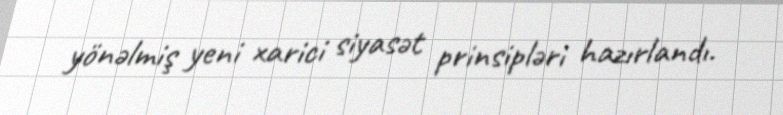
yönəlmiş yeni xarici siyasət prinsipləri hazırlandı.